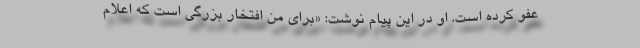
عفو کرده است. او در این پیام نوشت: «برای من افتخار بزرگی است که اعلام